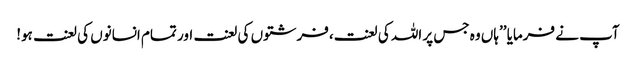
آپ نے فرمایا ’’ہاں وہ جس پر اللہ کی لعنت،فرشتوں کی لعنت اور تمام انسانوں کی لعنت ہو!